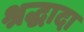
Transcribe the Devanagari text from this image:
श्रद्धादा